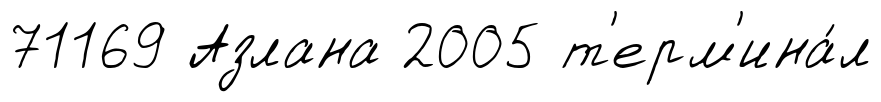
71169 Азлана 2005 т'ерм'ина́л